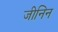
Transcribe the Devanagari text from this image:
जीनिन